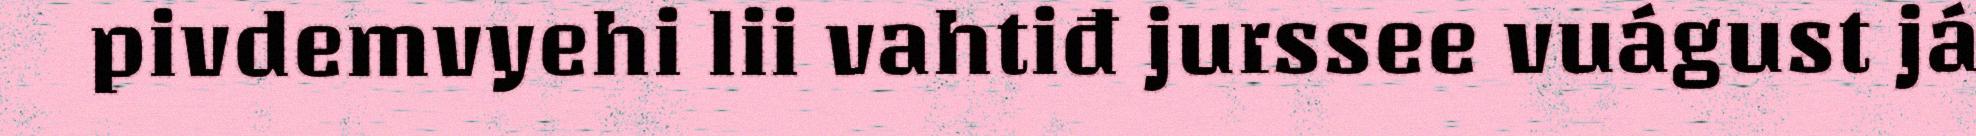
pivdemvyehi lii vahtiđ jurssee vuágust já